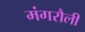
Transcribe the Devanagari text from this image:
मंगरौली